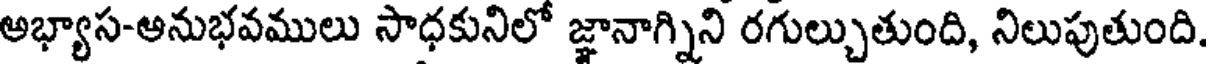
అభ్యాస-అనుభవములు సాధకునిలో జ్ఞానాగ్నిని రగుల్చుతుంది, నిలుపుతుంది.